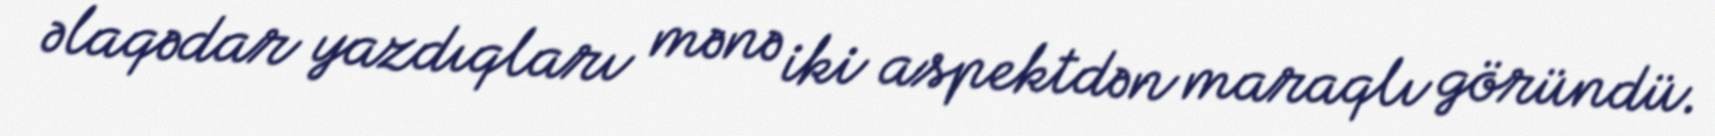
əlaqədar yazdıqları mənə iki aspektdən maraqlı göründü.